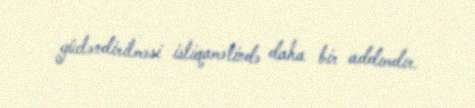
gücləndirilməsi istiqamətində daha bir addımdır.